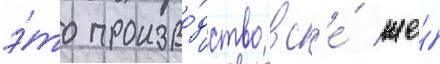
э́то произво́дство вс'е́ же́